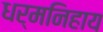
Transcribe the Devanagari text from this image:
धर्मनिहाय